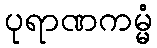
ပုရာဏကမ္မံ